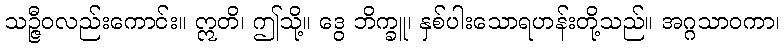
သဉ္ဇီဝလည်းကောင်း။ ဣတိ၊ ဤသို့။ ဒွေ ဘိက္ခူ၊ နှစ်ပါးသောရဟန်းတို့သည်။ အဂ္ဂသာဝကာ၊